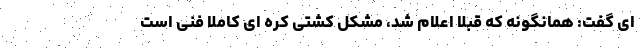
ای گفت: همانگونه که قبلا اعلام شد، مشکل کشتی کره ای کاملا فنی است